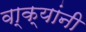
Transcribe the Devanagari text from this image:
वा्क्यांनी